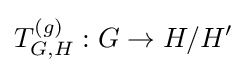
T_{G,H}^{(g)}:G\to H/H'